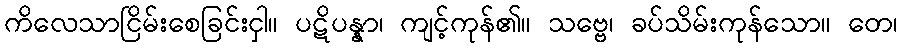
ကိလေသာငြိမ်းစေခြင်းငှါ။ ပဋိပန္နာ၊ ကျင့်ကုန်၏။ သဗ္ဗေ၊ ခပ်သိမ်းကုန်သော။ တေ၊